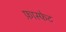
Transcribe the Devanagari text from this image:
फ़ास्फेट